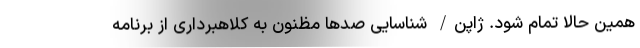
همین حالا تمام شود. ژاپن/ شناسایی صدها مظنون به کلاهبرداری از برنامه